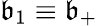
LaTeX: \mathfrak{b}_{1}\equiv\mathfrak{b}_{+}